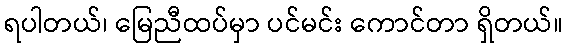
ရပါတယ်၊ မြေညီထပ်မှာ ပင်မင်း ကောင်တာ ရှိတယ်။